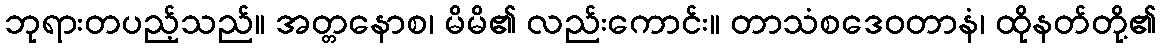
ဘုရားတပည့်သည်။ အတ္တနောစ၊ မိမိ၏ လည်းကောင်း။ တာသံစဒေဝတာနံ၊ ထိုနတ်တို့၏